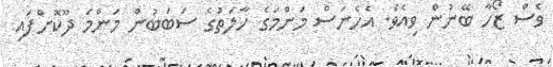
ވެސް ޒޯހާ ބޭނުން ވިއެވެ. އެހެނަސް މަންމަގެ ހާލަތުގެ ސަބަބުން މަންމަ ދޫކޮށްފައި